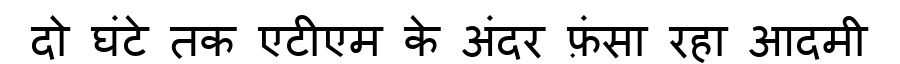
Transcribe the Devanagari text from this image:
दो घंटे तक एटीएम के अंदर फ़ंसा रहा आदमी